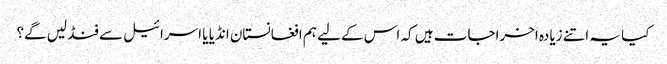
کیا یہ اتنے زیادہ اخراجات ہیں کہ اس کے لیے ہم افغانستان انڈیا یا اسرائیل سے فنڈ لیں گے؟